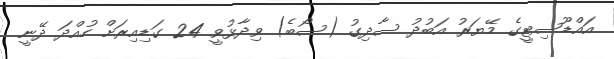
އައްޑޫސިޓީގެ މޭޔަރު އަބުދު ސާދިގު (ސޯބެ) ވިދާޅުވީ 24 ގަޑިއިރަށް ހުއްދަ ދޭނީ